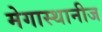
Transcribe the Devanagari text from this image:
मेगास्थानीज